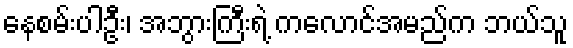
နေစမ်းပါဦး၊ အဘွားကြီးရဲ့ ကလောင်အမည်က ဘယ်သူ